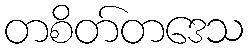
တစိတ်တဒေသ